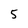
Character: 5